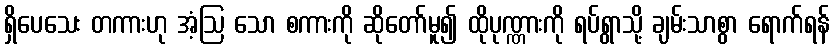
ရှိပေသေး တကားဟု အံ့ဩ သော စကားကို ဆိုတော်မူ၍ ထိုပုဏ္ဏားကို ရပ်ရွာသို့ ချမ်းသာစွာ ရောက်ရန်